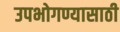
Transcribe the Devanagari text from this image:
उपभोगण्यासाठी